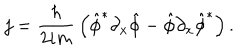
j = { \frac { \hbar } { 2 i m } } \left( \hat { \phi } ^ { * } \partial _ { x } \hat { \phi } - \hat { \phi } \partial _ { x } \hat { \phi } ^ { * } \right) . \nonumber